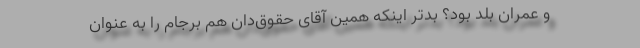
و عمران بلد بود؟ بدتر اینکه همین آقای حقوق‌‌دان هم برجام را به عنوان